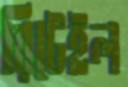
রিটেইল